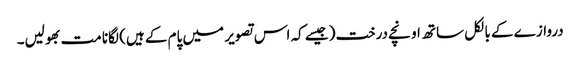
دروازے کے بالکل ساتھ اونچے درخت (جیسے کہ اس تصویر میں پام کے ہیں) لگانا مت بھولیں۔